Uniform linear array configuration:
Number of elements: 16
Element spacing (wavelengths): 0.25
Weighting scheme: hamming
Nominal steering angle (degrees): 30
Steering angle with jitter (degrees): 30.249
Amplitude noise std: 0.05
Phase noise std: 0.05

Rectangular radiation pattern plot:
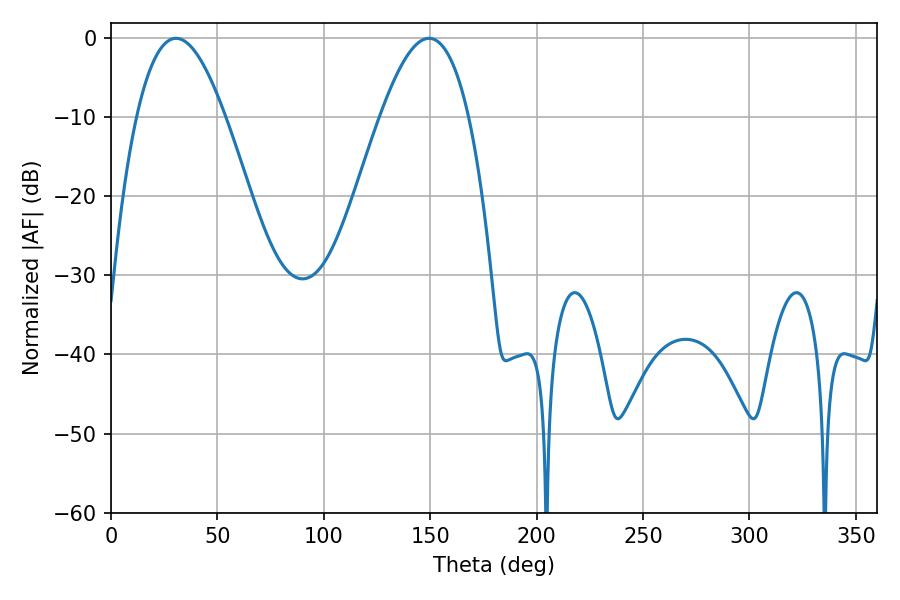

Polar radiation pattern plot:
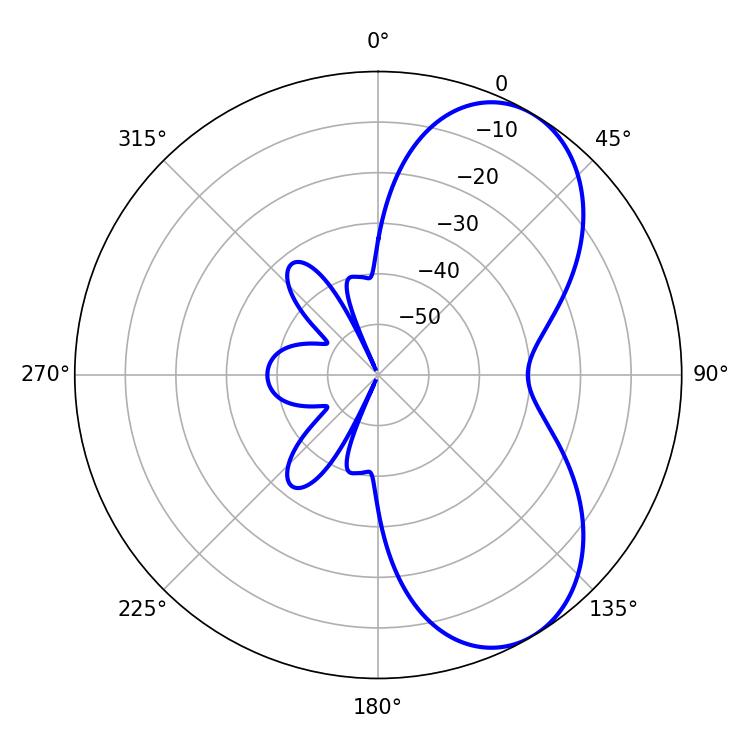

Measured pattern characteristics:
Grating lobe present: FALSE
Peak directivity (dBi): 6.492
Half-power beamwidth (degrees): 22.68
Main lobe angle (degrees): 30.6